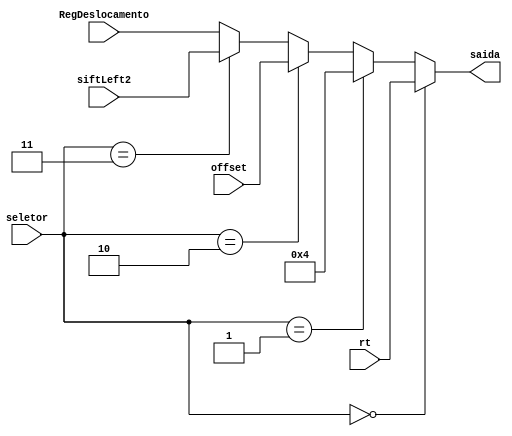
module MuxE_ula(
    input wire [1:0]seletor, // 1000
    input wire [31:0] rt,
    input wire [31:0] offset,
    input wire [31:0] siftLeft2,
    input wire [31:0] RegDeslocamento,
    output wire [31:0] saida

);
wire [31:0] w1;
wire [31:0] w2;
wire [31:0] w3;

assign w3 = (seletor == 2'b11) ? siftLeft2 : RegDeslocamento;
assign w2 = (seletor == 2'b10) ? offset : w3;
assign w1 = (seletor == 2'b01) ? 3'b100 : w2;
assign saida = (seletor == 2'b00) ? rt : w1;
endmodule